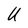
Character: U